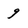
Character: 9